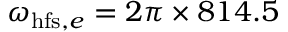
\omega _ { \mathrm { h f s } , e } = 2 \pi \times 8 1 4 . 5